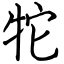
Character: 㸰